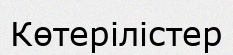
Көтерілістер